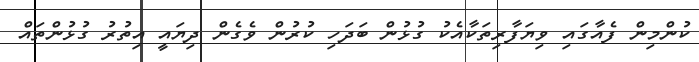
ކުންމިން ފެއާގައި ވިޔަފާރިތަކާއެކު ގުޅުން ބަދަހި ކުރުން ވެގެން ދިޔައީ އިތުރު ގުޅުންތައް